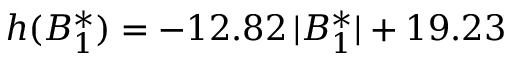
h ( B _ { 1 } ^ { * } ) = - 1 2 . 8 2 \, \lvert B _ { 1 } ^ { * } \rvert + 1 9 . 2 3